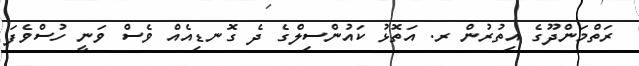
ރަތްމަންދޫގެ އިތުރުން ރ. އަތޮޅު ކައުންސިލްގެ ދެ ގޮނޑިއެއް ވެސް ވަނީ ހުސްވެފަ